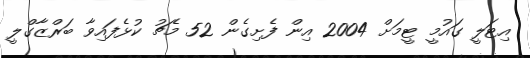
އިޓަލީ ގައުމީ ޓީމަށް 2004 އިން ފެށިގެން 52 މެޗު ކުޅެފައިވާ ބަރްޒާގްލީ